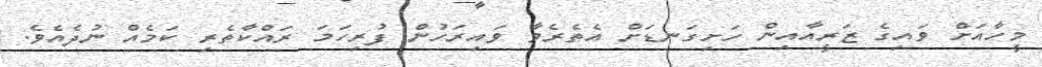
މީހާއަށް ވައިގެ ޒަރީއާއިން ހަށިގަނޑަށް އެތެރެވާ ވައިރަހުން ފުރިހަމަ ރައްކާތެރި ކަމެއް ނުދެއެވެ.